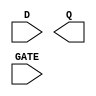
module sky130_fd_sc_ms__dlxtp (
    //# {{data|Data Signals}}
    input  D   ,
    output Q   ,

    //# {{clocks|Clocking}}
    input  GATE
);

    // Voltage supply signals
    supply1 VPWR;
    supply0 VGND;
    supply1 VPB ;
    supply0 VNB ;

endmodule